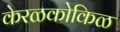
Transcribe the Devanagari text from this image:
केरळकोकिळ